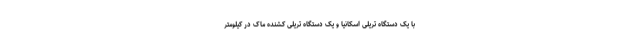
با یک دستگاه تریلی اسکانیا و یک دستگاه تریلی کشنده ماک در کیلومتر